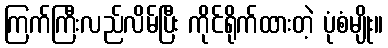
ကြက်ကြီးလည်လိမ်ပြီး ကိုင်ရိုက်ထားတဲ့ ပုံစံမျိုး။